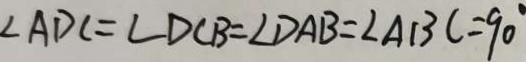
\angle A D C = \angle D C B = \angle D A B = \angle A B C = 9 0 ^ { \circ }